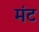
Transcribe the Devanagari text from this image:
मंट